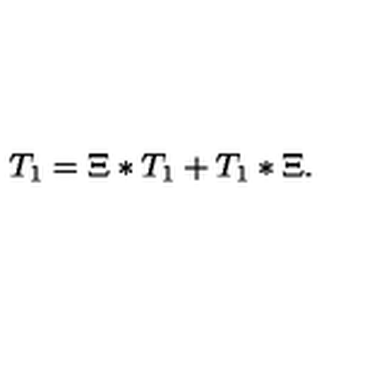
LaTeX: T _ { 1 } = \Xi \ast T _ { 1 } + T _ { 1 } \ast \Xi .